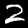
Label: 2